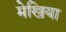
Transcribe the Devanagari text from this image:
मेखिया